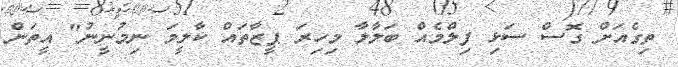
ތިގެއަށް ގޮސް ސަޅި ފިލްމެއް ބަލާލާ މިހިރަ ޕީޒާތައް ކާލީމަ ނިމުނީނު" އީތަން